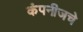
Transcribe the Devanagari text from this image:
कंपनीजचे